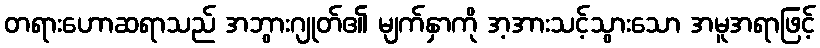
တရားဟောဆရာသည် အဘွားဂျုတ်၏ မျက်နှာကို အ့အားသင့်သွားသော အမူအရာဖြင့်